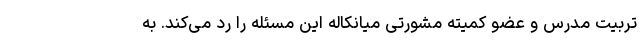
تربیت مدرس و عضو کمیته مشورتی میانکاله این مسئله را رد می‌کند. به